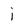
Character: j